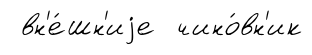
вн'е́шн'иjе чино́вн'ик